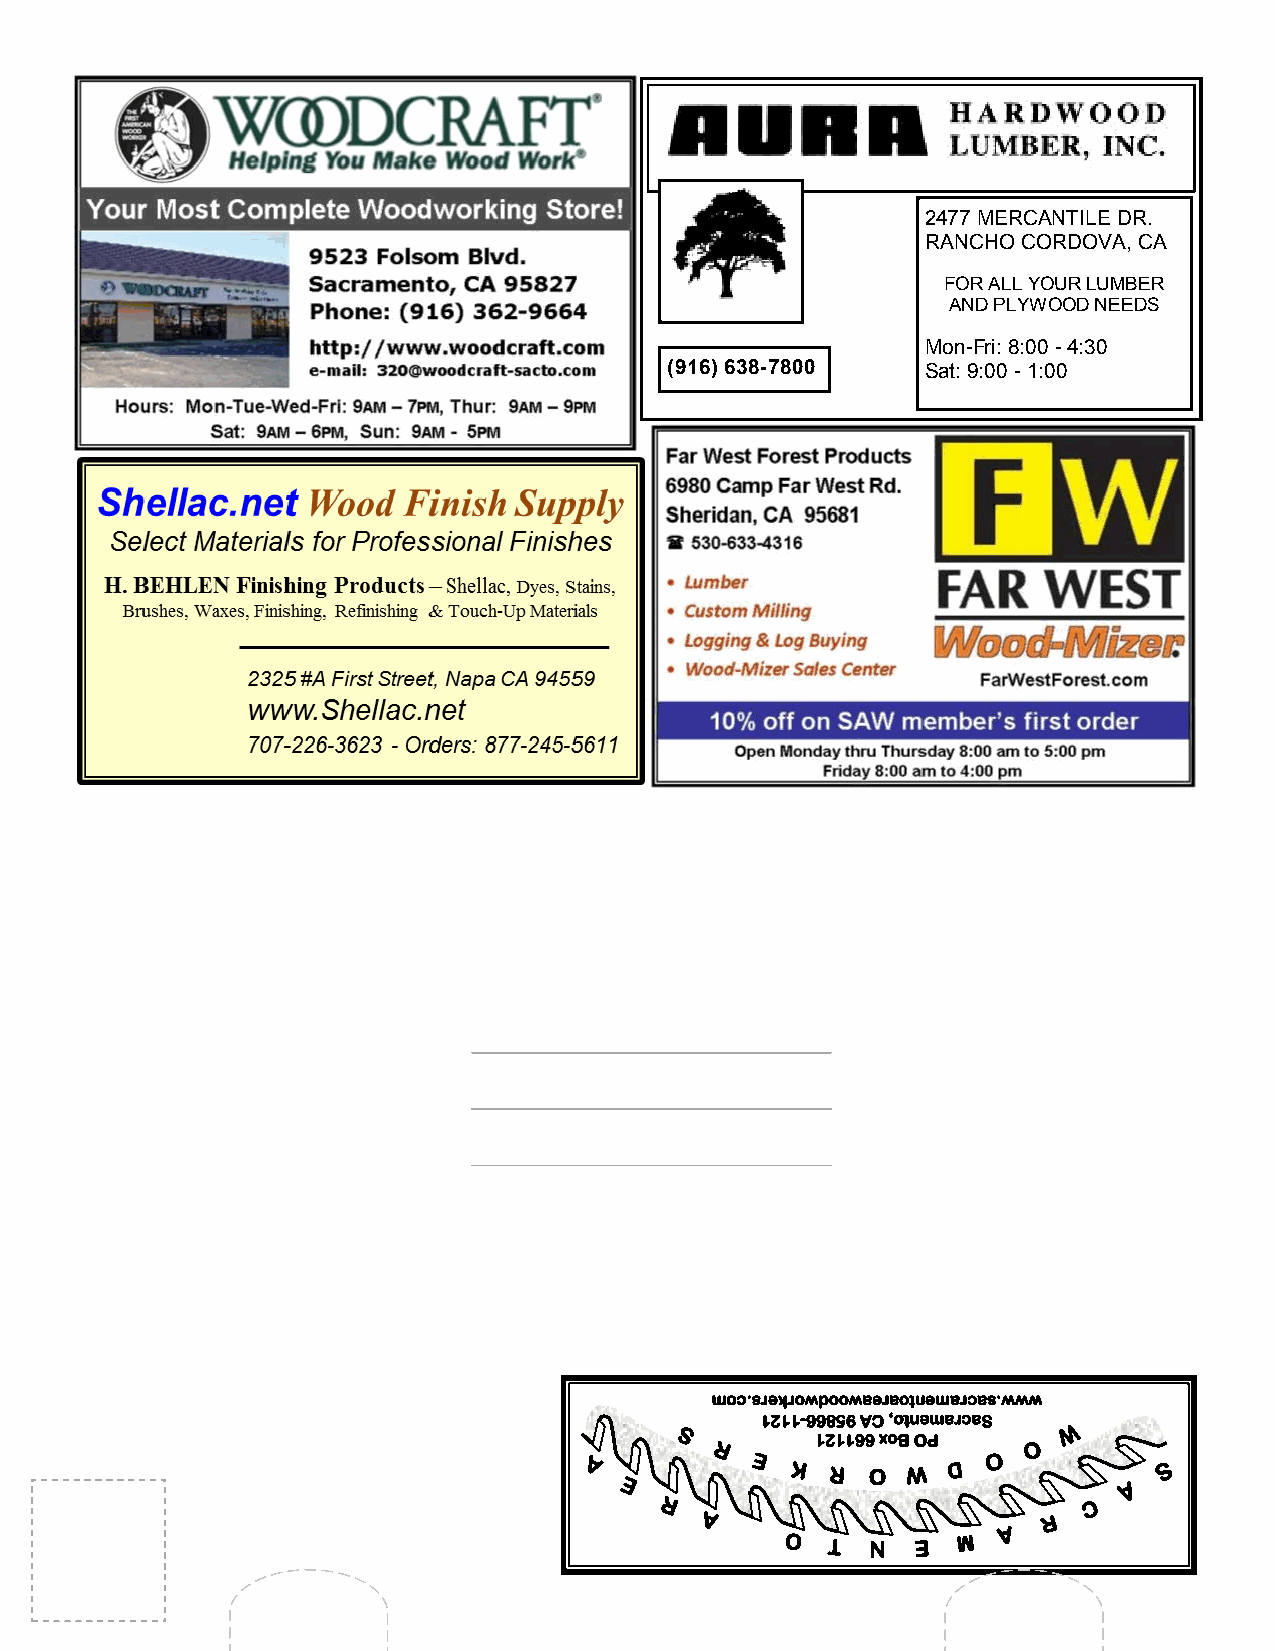
2477 MERCANTILE DR.
 RANCHO CORDOVA, CA
 FOR ALL YOUR LUMBER
 AND PLYWOOD NEEDS
 Mon-Fri: 8:00 - 4:30
 (916) 638-7800   Sat: 9:00 - 1:00
 moc.srekrowdoowaeraotnemarcas.www
 1211-66859 AC ,otnemarcaS
 121166 xoB OP